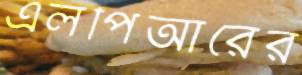
এলপিআরের